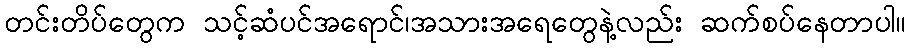
တင်းတိပ်တွေက သင့်ဆံပင်အရောင်၊အသားအရေတွေနဲ့လည်း ဆက်စပ်နေတာပါ။